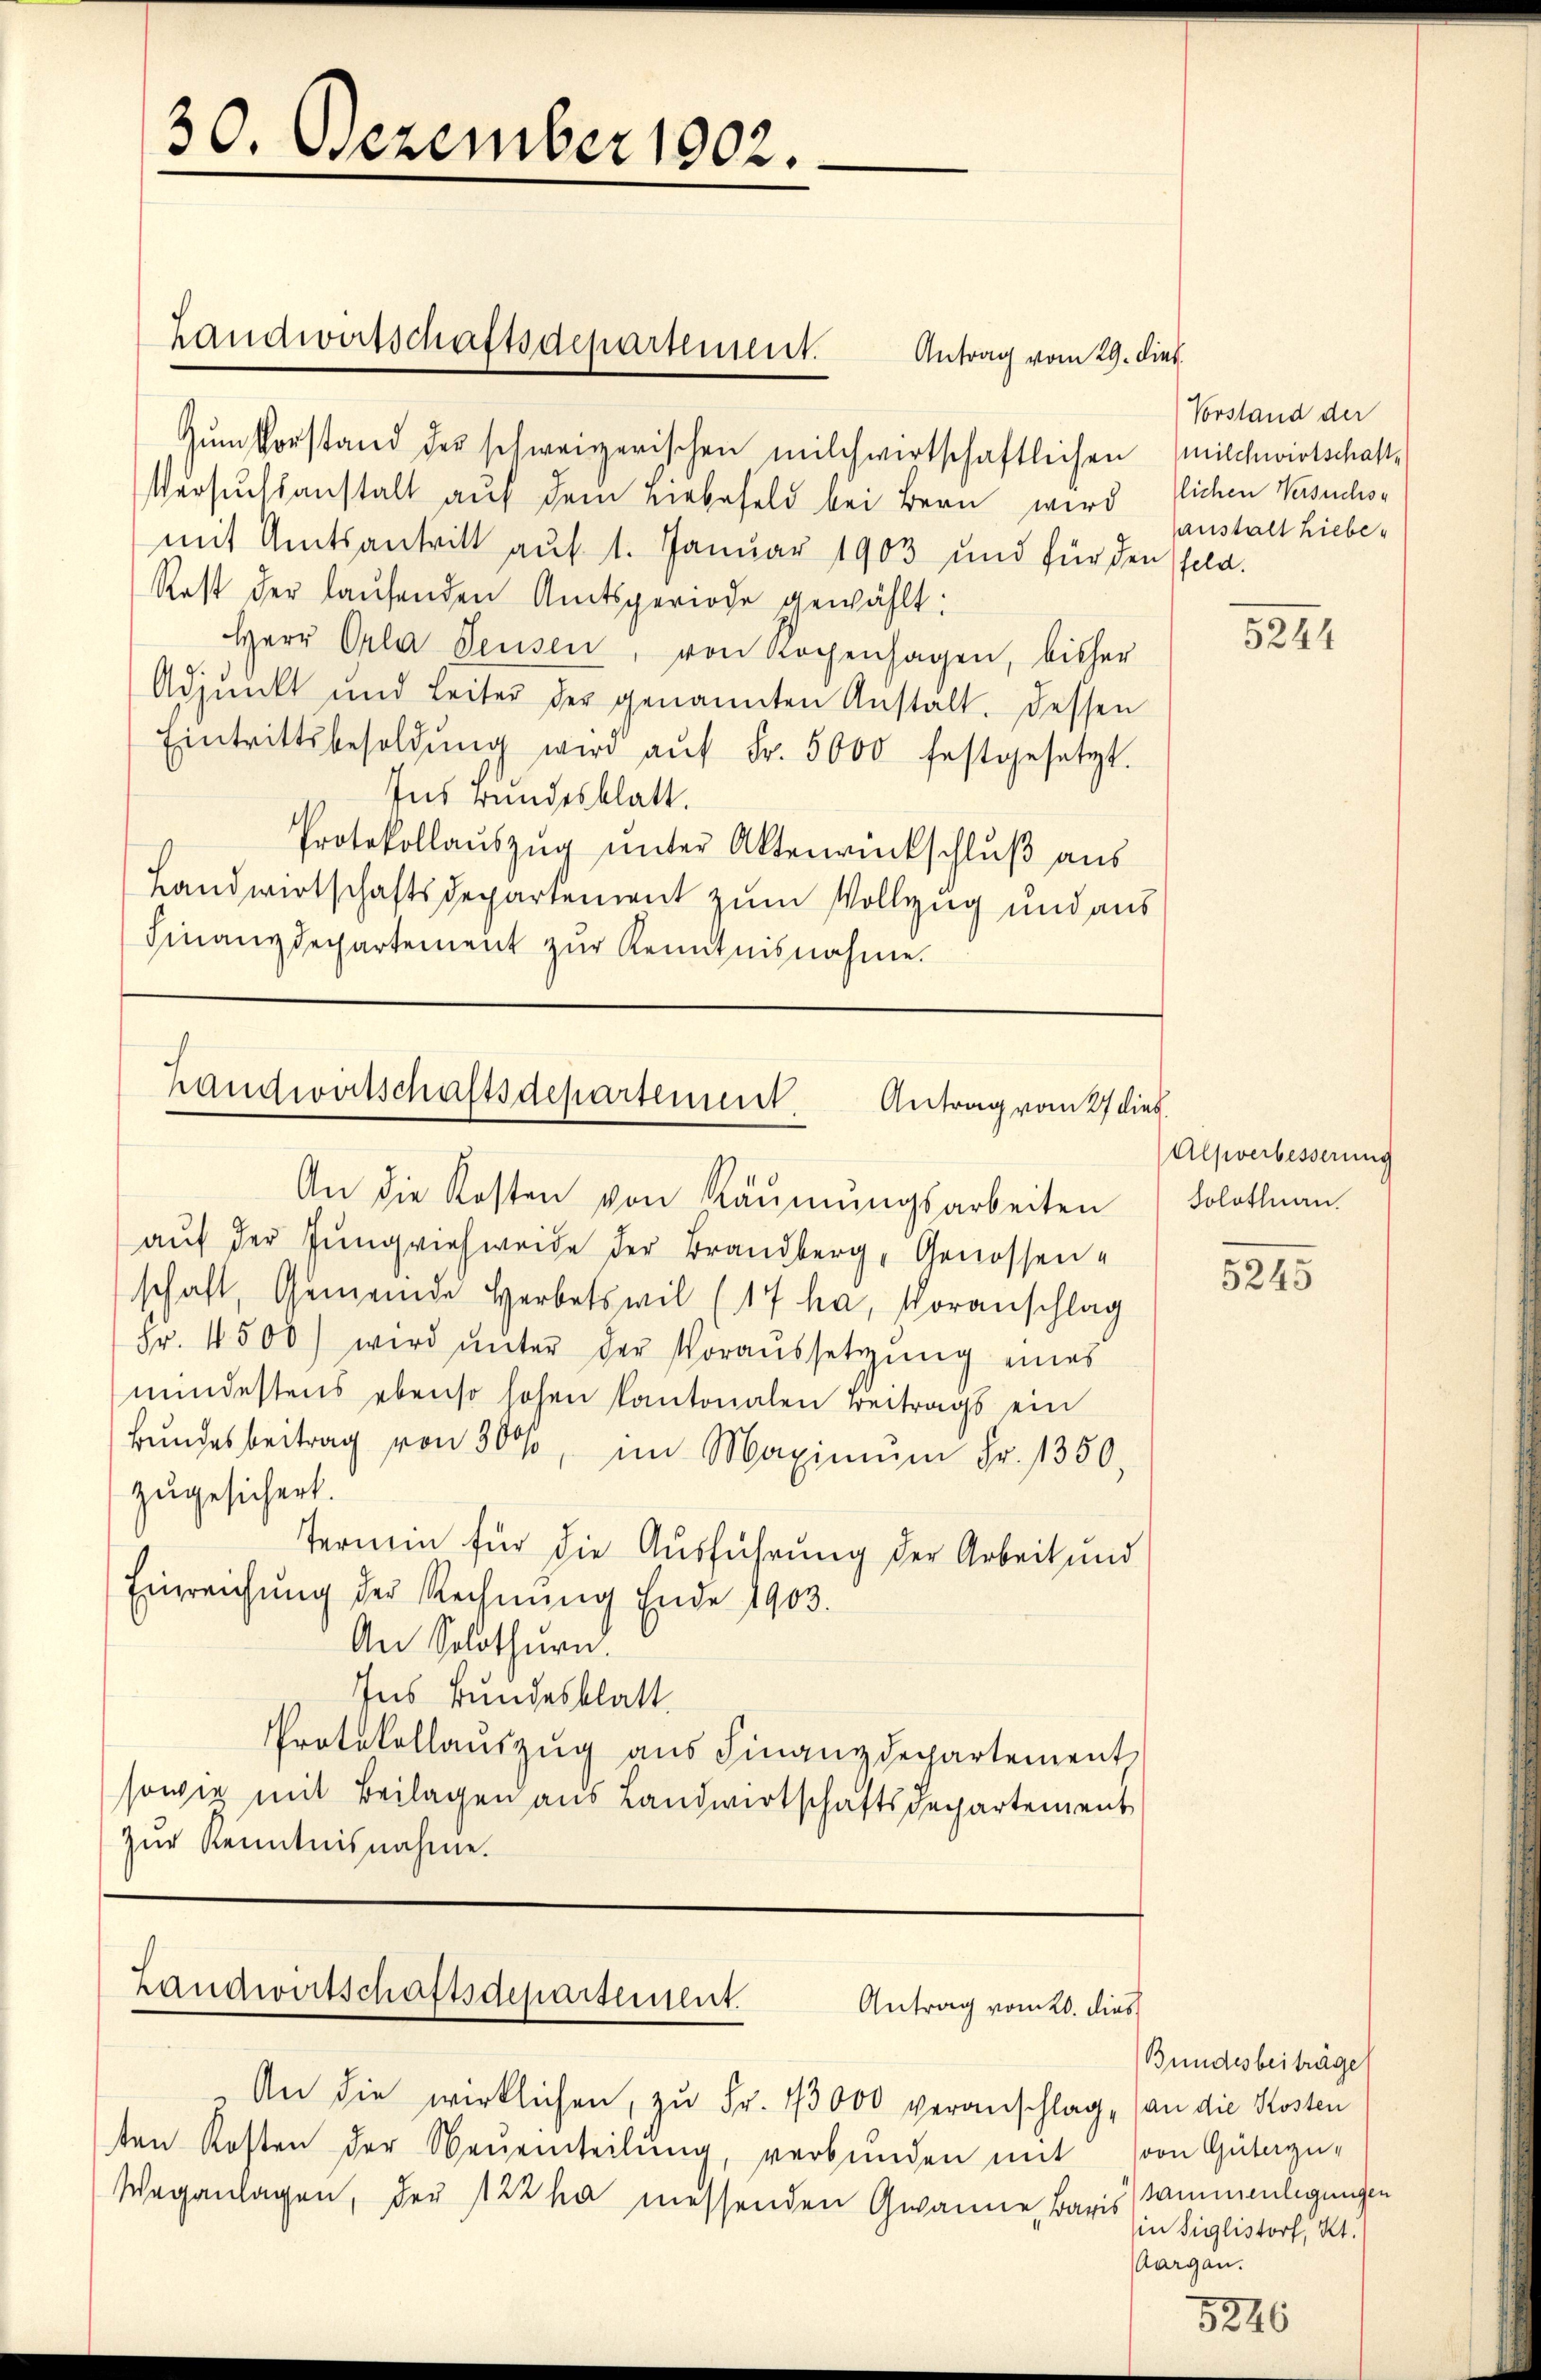
30. Dezember 1802.

Landwirtschaftsdepartement.

Zum Vorstand der schweizerischen milchwirtschaftlichen (milchwirtschaft¬
Versuchsanstalt aŭf dem Liebefeld bei Bern wird sichen Versuchsmit Amtsantritt auf 1. Januar 1903 und für den sola
Rest der laŭfenden Amtsperiode gewählt:
Herr Orla Seusen, von Kochenhagen, bisher
Adjunkt und Leiter der genannten Anstalt. Dessen
Eintrittsbesoldŭng wird aŭf Fr. 5000 festgesetzt.
Ins rundesblatt.
Protokollaŭszŭg ŭnter Aktenrückschlŭβ aŭs
Landwirtschaftsdepartement zum Vollzug und aus
Finanzdepartement zŭr Kenntnisnahme.

An die Kosten von Räŭmŭngsarbeiten
aŭf der Jungviehweide der Brandberg, Genossenschaft, Gemeinde Herbetswil (17 ha, Voranschlag
Fr. 4500) wird unter der Voraussetzung eines
mndestens ebenso hohen kantonalen Beitrags ein
Bundesbeitrag von 300, im Maximŭm Fr. 1350,
zugesichert.
Termin für die Ausführung der Arbeit und
Einreichung der Rechnung Ende 1903.
An Solothurn.
Ins Bundesblatt.
Protokollaŭszŭg aŭs Finanzdepartement
sowie mit Beilagen aus Landwirtschaftsdepartement
zur Kenntnisnahme.

Antrag vom 29. dies

Handwirtschaftsdepartement.
Antrag vom 27 dieß.

Landwirtschaftsdepartement.
Antrag vom 20. dies

Vorstand der
anstalt hiebe

An die wirklichen, zu Fr. 13000 veranschlag, (an die Kosten
ten Kosten der Neŭeinteilŭng, verbŭnden mit
Weganlagen, der 122 ha messenden Gwanne, Baris sammenlegungen

5244

Alpverbesserung
Solothurn.

5226

5245

Bundesbeiträge
(von Güterzuin Siglistorf, Kt.
Aargau.